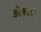
કોશલ